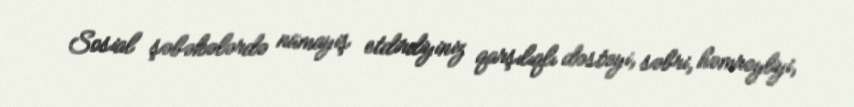
Sosial şəbəkələrdə nümayiş etdirdiyiniz qarşılıqlı dəstəyi, səbri, həmrəyliyi,